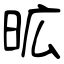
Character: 昿